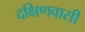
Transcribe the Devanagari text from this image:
दक्षिणवासी